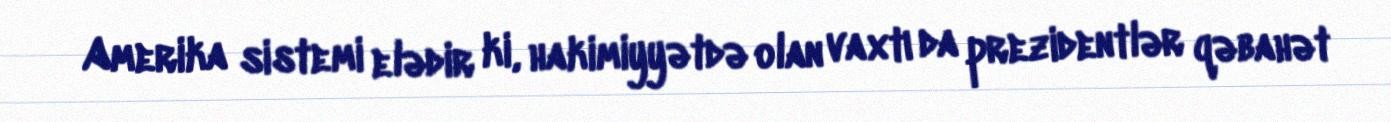
Amerika sistemi elədir ki, hakimiyyətdə olan vaxtı da prezidentlər qəbahət